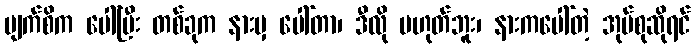
မျက်စိက ပေါ်ပြီး တစ်ခုက နားမှ ပေါ်တာ၊ ဒီလို မဟုတ်ဘူး၊ နားကပေါ်တဲ့ အုပ်စုဆိုရင်